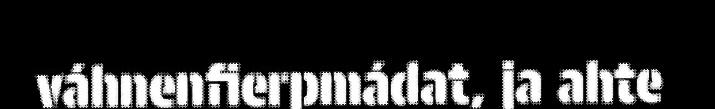
váhnenfierpmádat, ja ahte